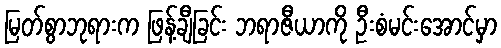
မြတ်စွာဘုရားက ဖြန့်ချီခြင်း ဘရာဇီယာကို ဦးစံမင်းအောင်မှာ